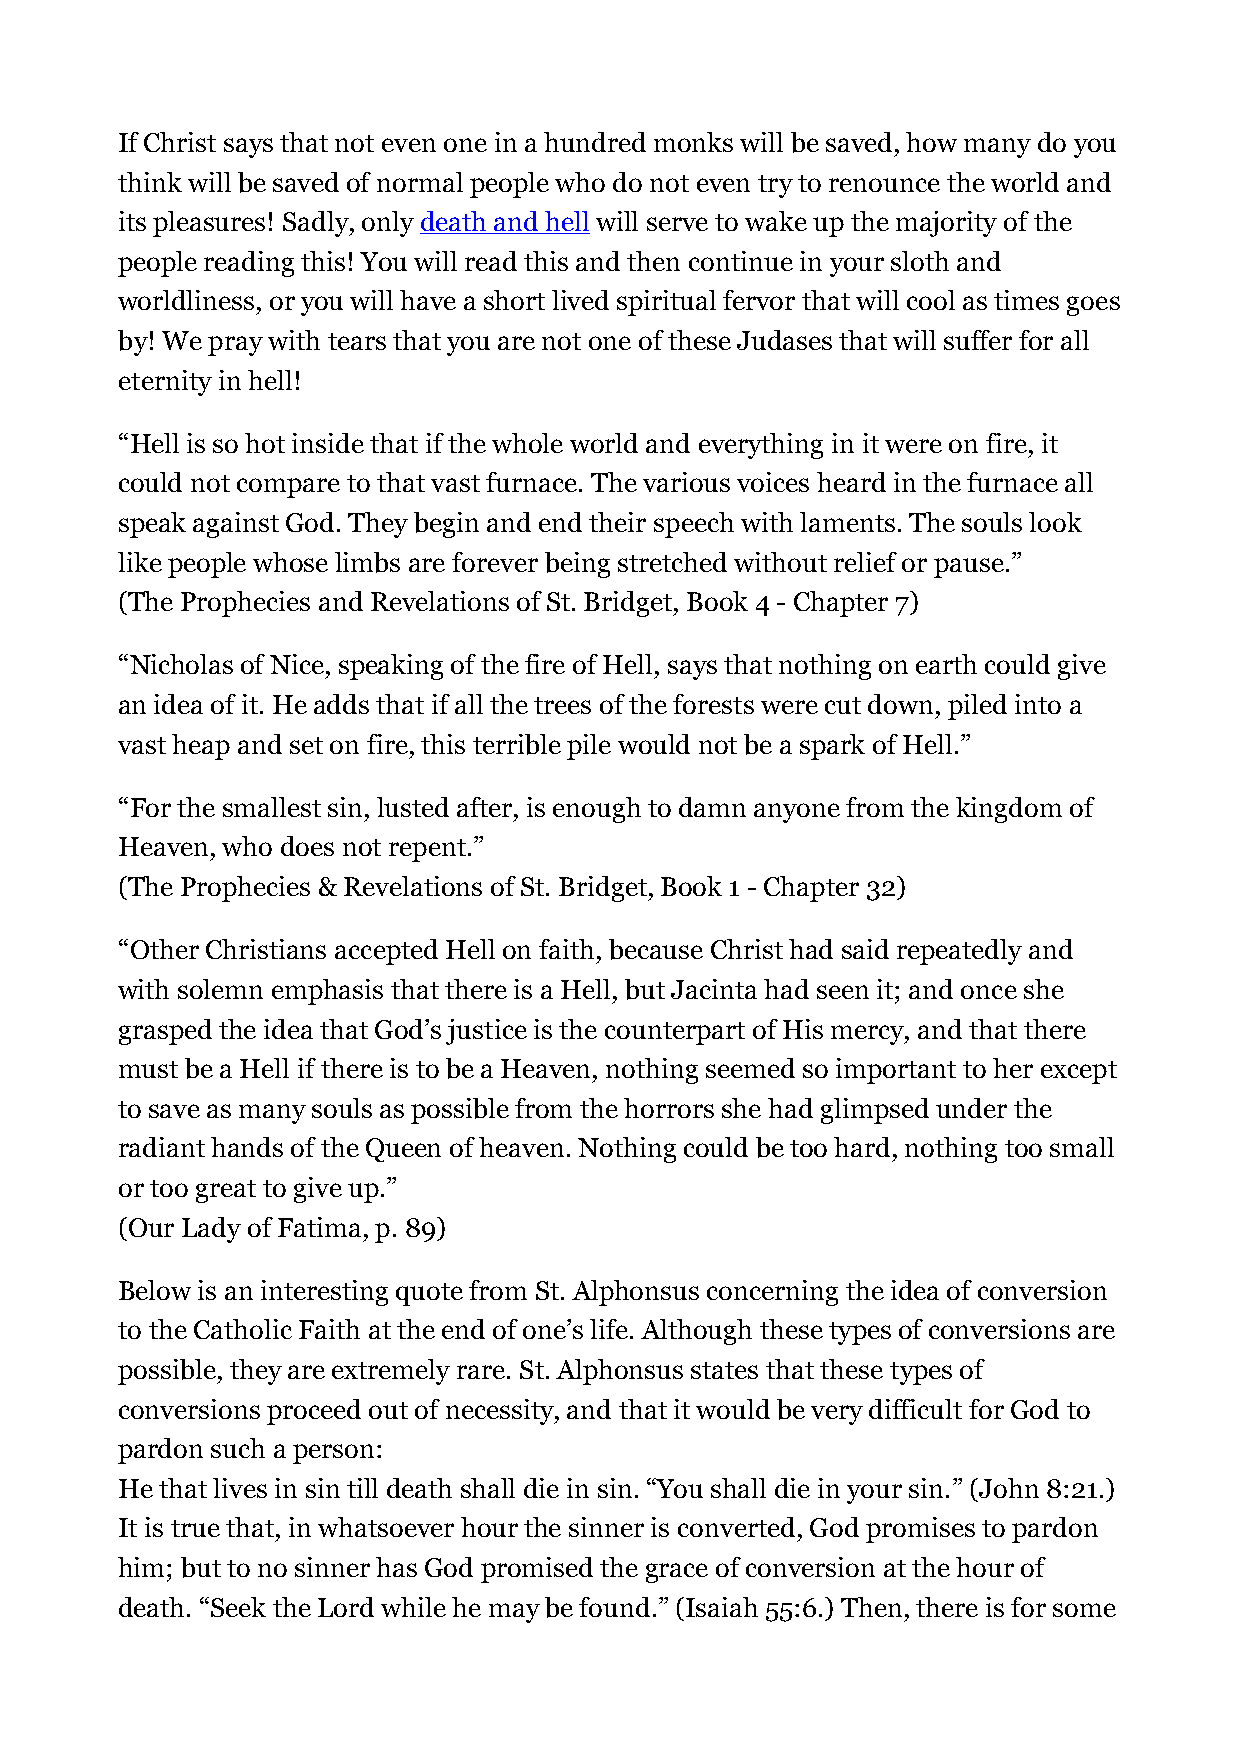
If Christ says that not even one in a hundred monks will be saved, how many do you
 think will be saved of normal people who do not even try to renounce the world and
 its pleasures! Sadly, only death and hell will serve to wake up the majority of the
 people reading this! You will read this and then continue in your sloth and
 worldliness, or you will have a short lived spiritual fervor that will cool as times goes
 by! We pray with tears that you are not one of these Judases that will suffer for all
 eternity in hell!
 “Hell is so hot inside that if the whole world and everything in it were on fire, it
 could not compare to that vast furnace. The various voices heard in the furnace all
 speak against God. They begin and end their speech with laments. The souls look
 like people whose limbs are forever being stretched without relief or pause.”
 (The Prophecies and Revelations of St. Bridget, Book 4 - Chapter 7)
 “Nicholas of Nice, speaking of the fire of Hell, says that nothing on earth could give
 an idea of it. He adds that if all the trees of the forests were cut down, piled into a
 vast heap and set on fire, this terrible pile would not be a spark of Hell.”
 “For the smallest sin, lusted after, is enough to damn anyone from the kingdom of
 Heaven, who does not repent.”
 (The Prophecies & Revelations of St. Bridget, Book 1 - Chapter 32)
 “Other Christians accepted Hell on faith, because Christ had said repeatedly and
 with solemn emphasis that there is a Hell, but Jacinta had seen it; and once she
 grasped the idea that God’s justice is the counterpart of His mercy, and that there
 must be a Hell if there is to be a Heaven, nothing seemed so important to her except
 to save as many souls as possible from the horrors she had glimpsed under the
 radiant hands of the Queen of heaven. Nothing could be too hard, nothing too small
 or too great to give up.”
 (Our Lady of Fatima, p. 89)
 Below is an interesting quote from St. Alphonsus concerning the idea of conversion
 to the Catholic Faith at the end of one’s life. Although these types of conversions are
 possible, they are extremely rare. St. Alphonsus states that these types of
 conversions proceed out of necessity, and that it would be very difficult for God to
 pardon such a person:
 He that lives in sin till death shall die in sin. “You shall die in your sin.” (John 8:21.)
 It is true that, in whatsoever hour the sinner is converted, God promises to pardon
 him; but to no sinner has God promised the grace of conversion at the hour of
 death. “Seek the Lord while he may be found.” (Isaiah 55:6.) Then, there is for some